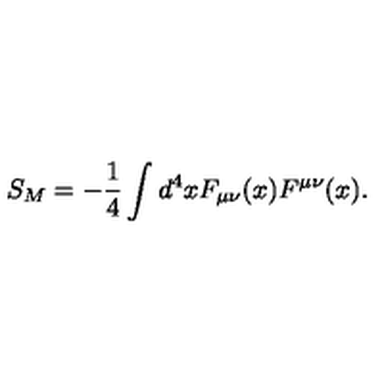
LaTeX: S _ { M } = - \frac { 1 } { 4 } \int d ^ { 4 } x F _ { \mu \nu } ( x ) F ^ { \mu \nu } ( x ) .